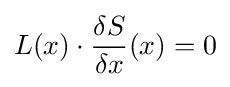
L(x)\cdot {\frac {\delta S}{\delta x}}(x)=0